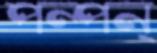
পন্পন্